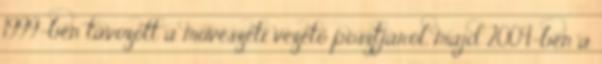
1999-ben távozott a művészeti vezető posztjáról, majd 2004-ben a